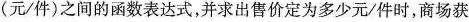
(元/件)之间的函数表达式，并求出售价定为多少元/件时，商场获